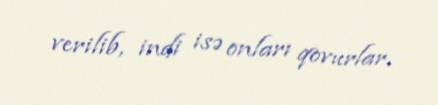
verilib, indi isə onları qovurlar.